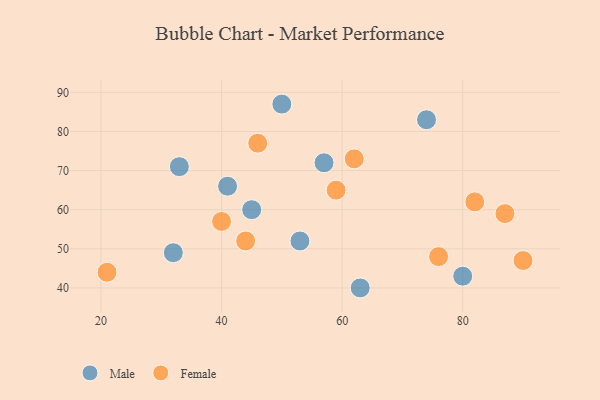
{"axis": {"x": "GDP", "y": "Life Expectancy"}, "legend": ["Female", "Male"], "data": [{"x": "33", "y": 71, "type": "Male"}, {"x": "57", "y": 72, "type": "Male"}, {"x": "41", "y": 66, "type": "Male"}, {"x": "50", "y": 87, "type": "Male"}, {"x": "80", "y": 43, "type": "Male"}, {"x": "74", "y": 83, "type": "Male"}, {"x": "45", "y": 60, "type": "Male"}, {"x": "63", "y": 40, "type": "Male"}, {"x": "32", "y": 49, "type": "Male"}, {"x": "53", "y": 52, "type": "Male"}, {"x": "59", "y": 65, "type": "Female"}, {"x": "40", "y": 57, "type": "Female"}, {"x": "87", "y": 59, "type": "Female"}, {"x": "76", "y": 48, "type": "Female"}, {"x": "44", "y": 52, "type": "Female"}, {"x": "46", "y": 77, "type": "Female"}, {"x": "21", "y": 44, "type": "Female"}, {"x": "82", "y": 62, "type": "Female"}, {"x": "62", "y": 73, "type": "Female"}, {"x": "90", "y": 47, "type": "Female"}]}